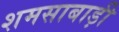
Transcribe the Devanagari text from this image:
शमसाबाड़ी